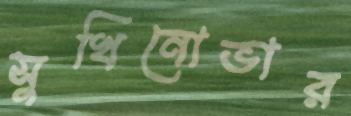
সুখিনোভার